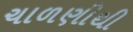
ચાળણીથી